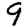
Digit: 9